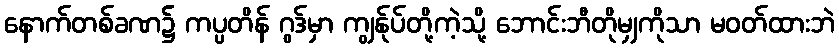
နောက်တစ်ခဏ၌ ကပ္ပတိန် ဂွဒ်မှာ ကျွန်ုပ်တို့ကဲ့သို့ ဘောင်းဘီတိုမျှကိုသာ မဝတ်ထားဘဲ